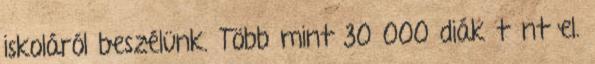
iskoláról beszélünk. Több mint 30 000 diák tűnt el.